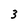
Character: 3